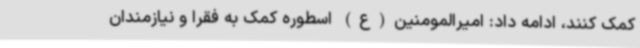
کمک کنند، ادامه داد: امیرالمومنین(ع) اسطوره کمک به فقرا و نیازمندان